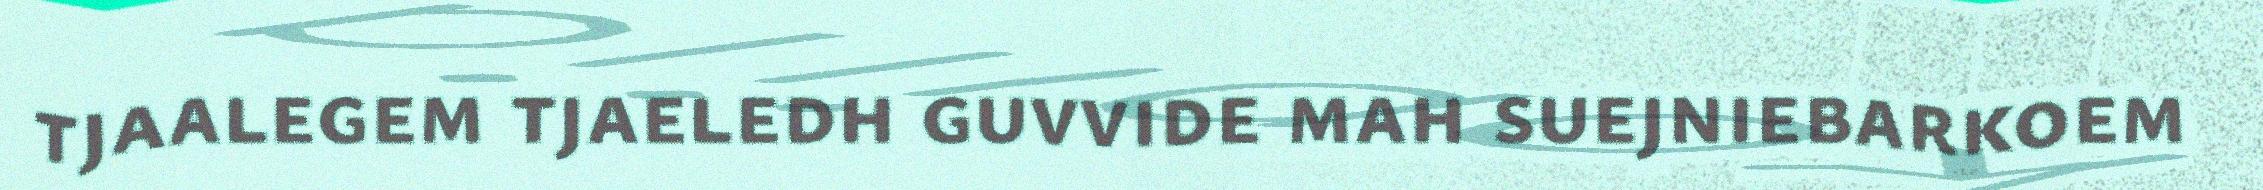
tjaalegem tjaeledh guvvide mah suejniebarkoem